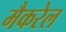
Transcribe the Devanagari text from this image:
मैकरेल